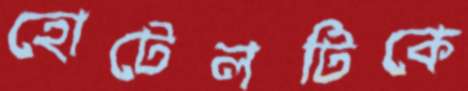
হোটেলটিকে